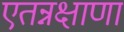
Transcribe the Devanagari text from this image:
एतन्नक्षाणां